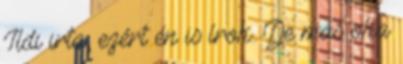
Ildi irta, ezért én is írok. De más oka